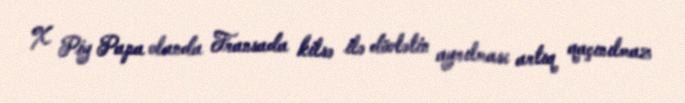
X Piy Papa olanda Fransada kilsə ilə dövlətin ayrılması artıq qaçınılmaz